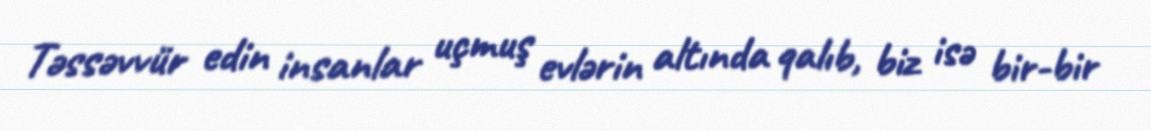
Təssəvvür edin insanlar uçmuş evlərin altında qalıb, biz isə bir-bir